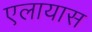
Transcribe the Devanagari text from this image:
एलायास